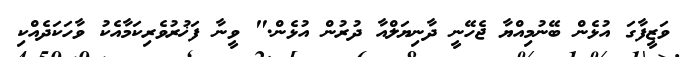
ވަޒީފާގަ އުޅެން ބޭނުމިއްޔާ ޖެހޭނީ ދާނިޔަލްއާ ދުރުން އުޅެން." ވީނާ ފަޚުރުވެރިކަމާއެކު ވާހަކަދެއްކި